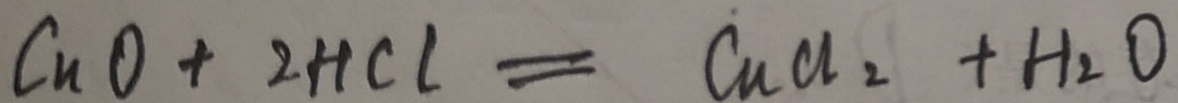
C u O + 2 H C l = C u C l _ { 2 } + H _ { 2 } O